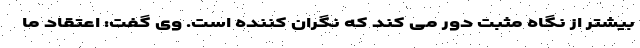
بیشتر از نگاه مثبت دور می کند که نگران کننده است. وی گفت: اعتقاد ما